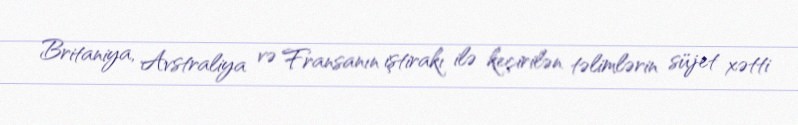
Britaniya, Avstraliya və Fransanın iştirakı ilə keçirilən təlimlərin süjet xətti